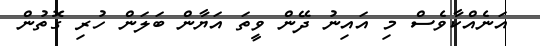
އަނެއްކާވެސް މި އައިނު ދޭން ވީތަ އަޔާން ބަލަން ހުރި ގޮތުން